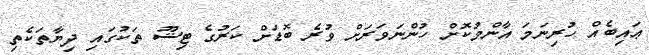
ޢައިބެއް ހުރިނަމަ އާންމުކޮށް ހުންނަވަރަށް ވުރެ ބޮޑަށް ކަރުގެ ޓިޝޫ ތަކުގައި ދިޔާތަކެތި